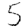
Digit: 5